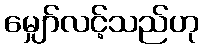
မျှော်လင့်သည်ဟု